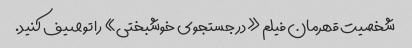
شخصیت قهرمان فیلم «در جستجوی خوشبختی» را توصیف کنید.